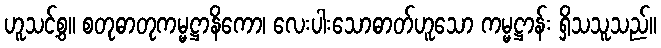
ဟူသင့်စွ။ စတုဓာတုကမ္မဋ္ဌာနိကော၊ လေးပါးသောဓာတ်ဟူသော ကမ္မဋ္ဌာန်း ရှိသသူသည်။